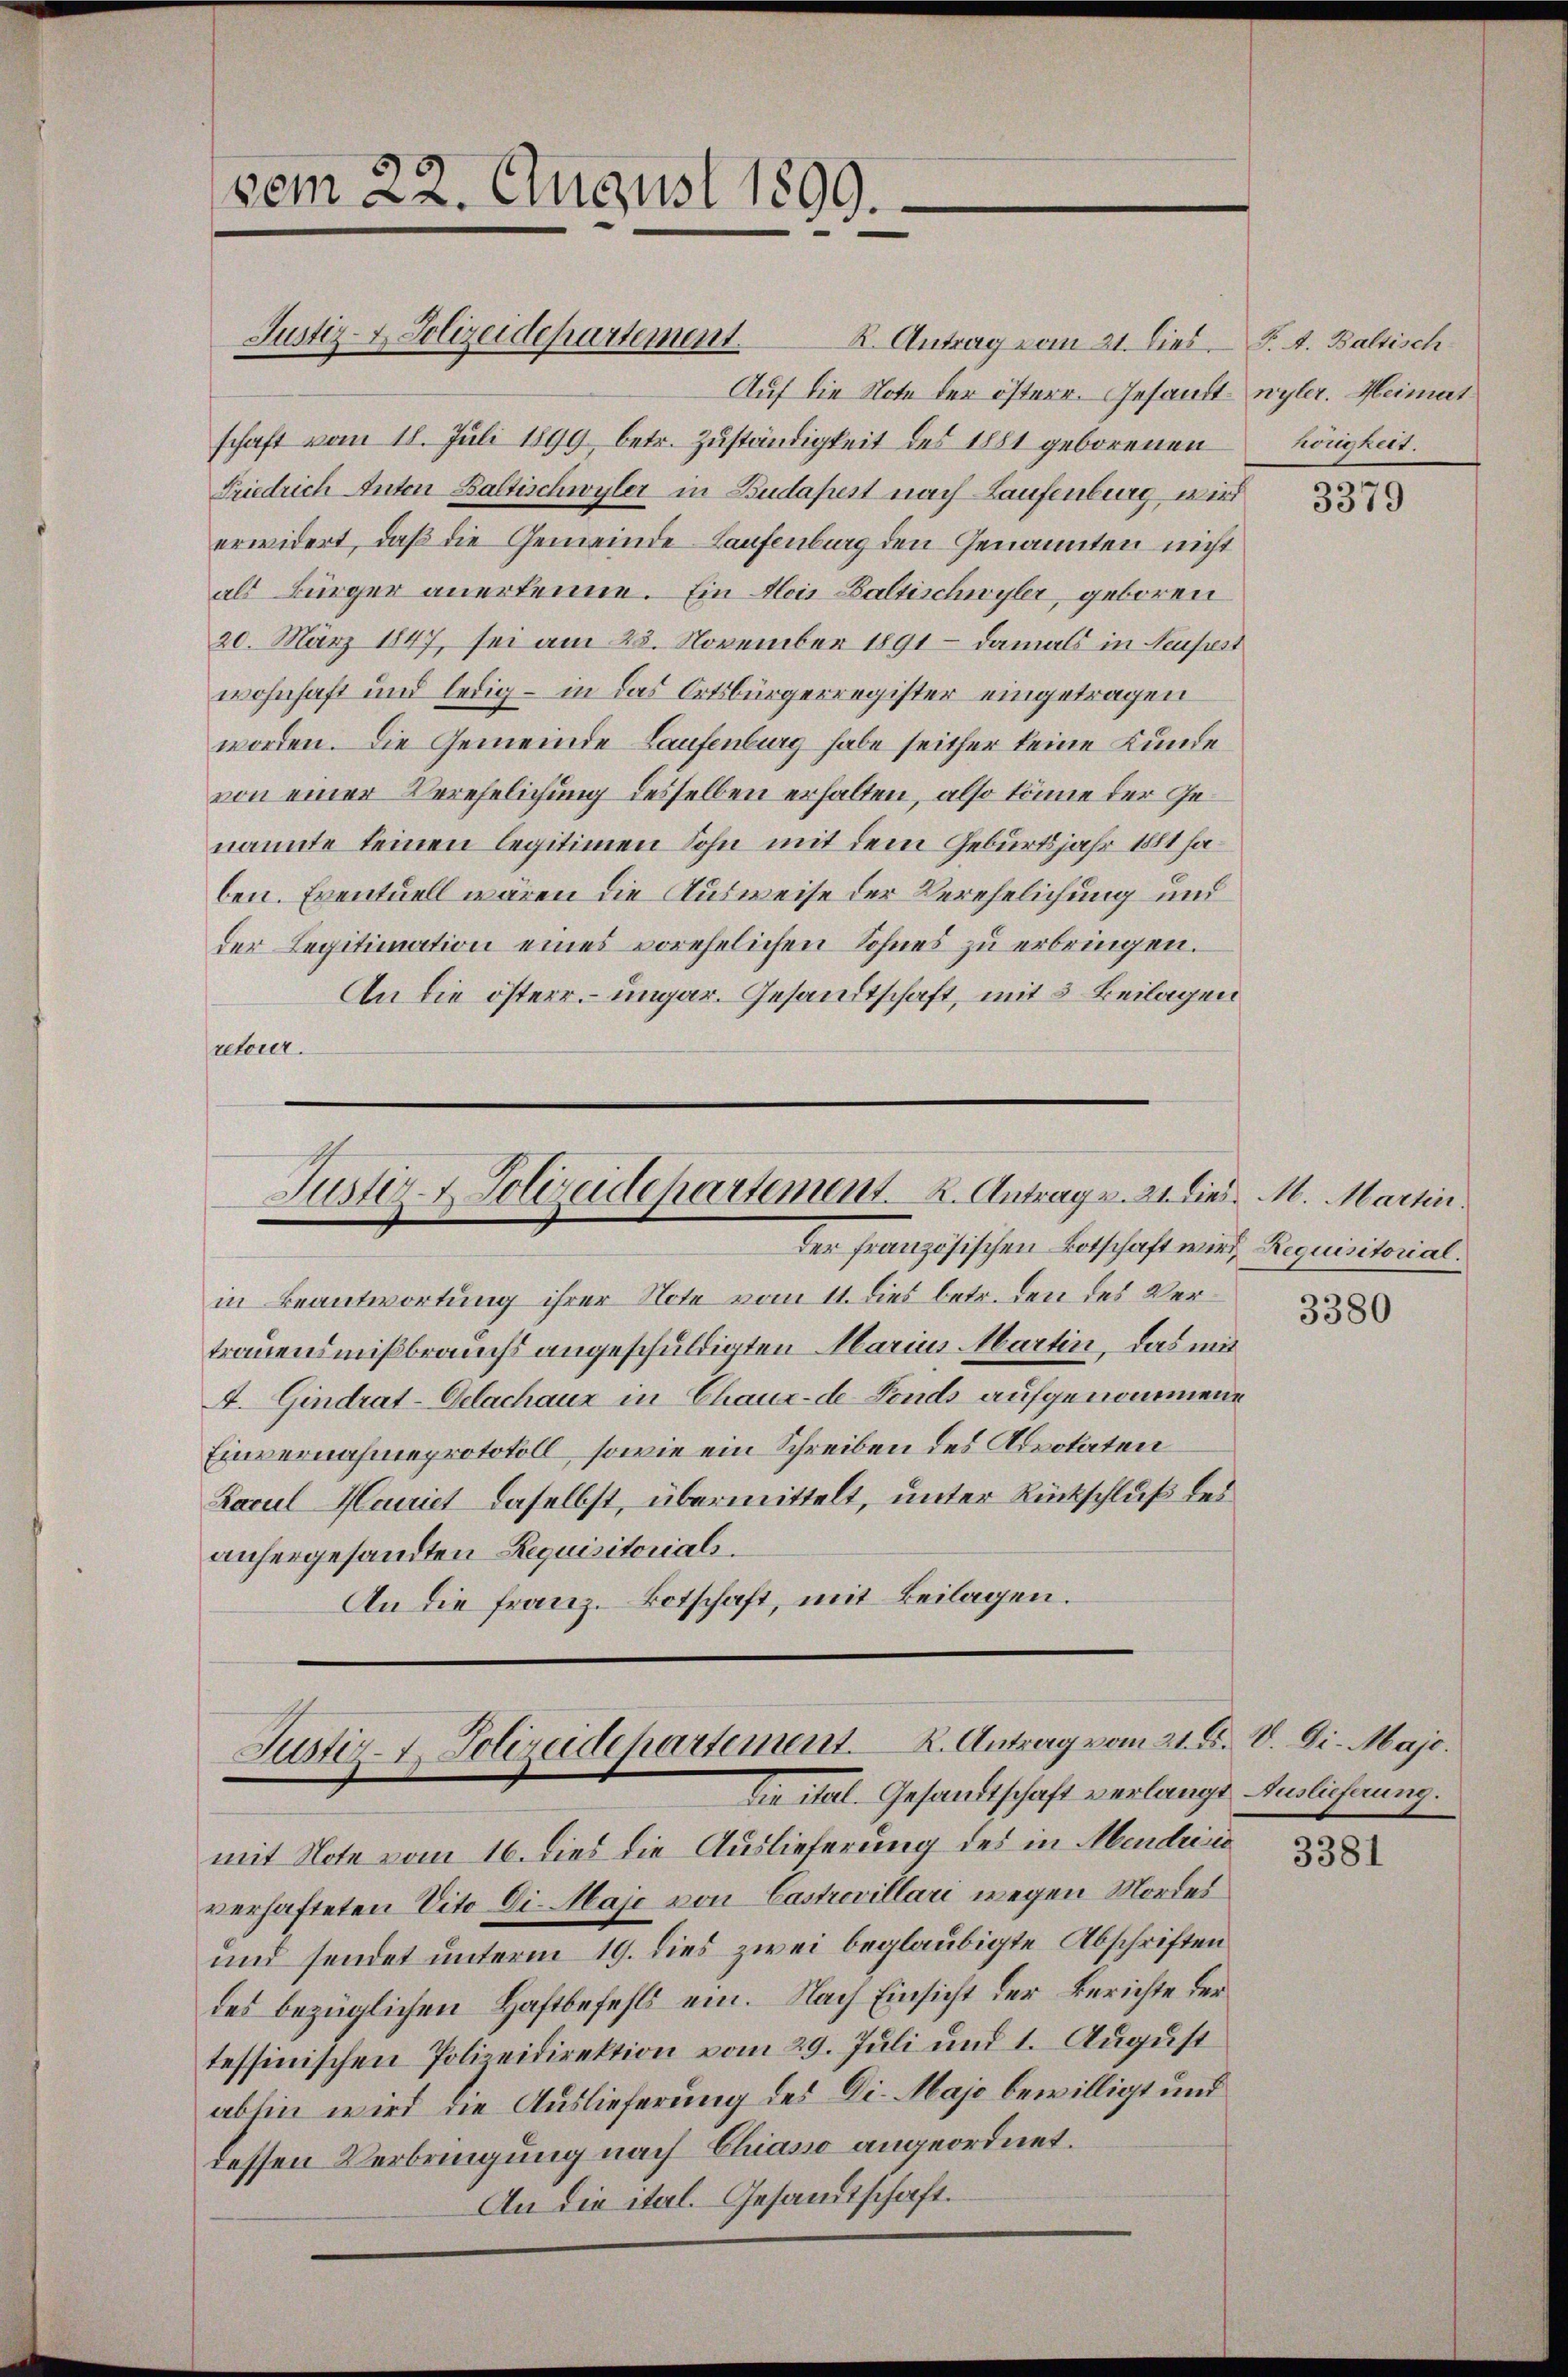
vom 22. August 1899.

Auf die Note der österr. Gesandt nyler. Heimatschaft vom 18. Juli 1899 betr. Zuständigkeit des 1881 geborenen
Friedrich Anton Baltischwyler in Budapest nach Laufenburg wird
erwidert, daß die Gemeinde Laufenburg den Genannten nicht
als Bürger anerkenne. Ein Alois Baltischwyler, geboren
20. März 1847, sei am 28. November 1891 – damals in Neuseest
wohnhaft und ledig – in das Ortsbürgerregister eingetragen
worden. Die Gemeinde Laufenburg habe seither keine Kunde
von einer Verehelichung desselben erhalten, also könne der Genannte keinen legitimen Sohn mit dem Geburtsjahr 1881 haben. Eventuell wären die Ausweise der Verehelichung und
der Legitimation eines vorehelichen Sohnes zu erbringen.
An die österr. ungar. Gesandtschaft, mit 3 Beilagen
retour.

Justiz- & Polizeidepartement.

Justiz- & Polizeidepartement. K. Antrag v. 21. dies M. Martin.
der französischen Botschaft wird, Requisitorial¬

R. Antrag vom 21. Dies - F. A. Baltisch

in Beantwortung ihrer Note vom 11. Dies betr. den des Vertrauensmißbrauchs angeschuldigten Marius Martin, das mit
A. Gindrat-Delachaux in Chaux-de Fonds aufgenommene
Einvernahmeprotokoll, sowie ein Schreiben des Alpotaten
Facul Mariet daselbst, übermittelt, unter Rückschluß des
anhergesandten Requisitorials.
An die franz. Botschaft, mit Beilagen.

Justiz- & Polizeidepartement. A. Antrag vom 21. F. V. Di. Majo.
Die ital. Gesandtschaft verlangt Auslieferung.

mit Note vom 16. dies die Auslieferung des in Mendriss
verhafteten Vito Die Maje von Castrovillari wegen Mordes
und sendet unterm 19. dies zwei beglaubigte Abschriften
des bezüglichen Haftbefehls ein. Nach Einsicht der Berichte der
tessinischen Polizeidirektion vom 29. Juli und 1. August
abhin wird die Auslieferung des Die Maje bewilligt und
dessen Verbringung nach Chiasso angeordnet.
An die ital. Gesamtschaft.

hörigkeit.

3379

3380

3381